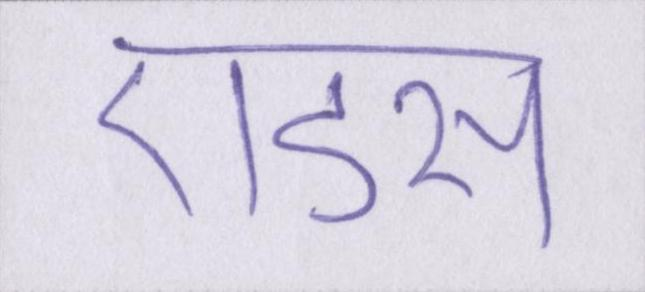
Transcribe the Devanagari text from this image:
एडस